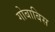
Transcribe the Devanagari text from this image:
गोबाबिस